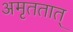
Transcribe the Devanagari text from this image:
अमृततात्